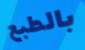
بالطبع